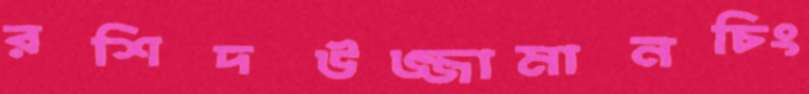
রশিদউজ্জামানচিং